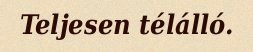
Teljesen télálló.